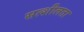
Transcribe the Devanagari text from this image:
सत्शीलता